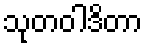
သုတဝါဒိတာ